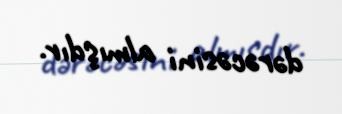
dərəcəsini almışdır.